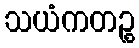
သယံကတဉ္စ